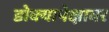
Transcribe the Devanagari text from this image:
डोक्यापेक्षावर